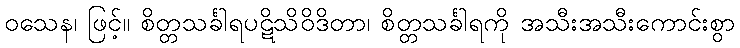
ဝသေန၊ ဖြင့်။ စိတ္တသင်္ခါရပဋိသိဝိဒိတာ၊ စိတ္တသင်္ခါရကို အသီးအသီးကောင်းစွာ